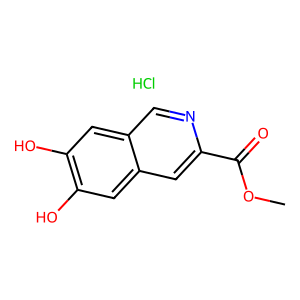
SMILES: COC(=O)c1cc2cc(O)c(O)cc2cn1.Cl
Inhibits HIV replication: No